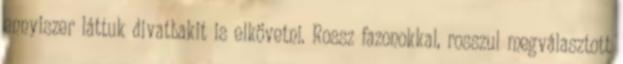
ennyiszer láttuk divatbakit is elkövetni. Rossz fazonokkal, rosszul megválasztott